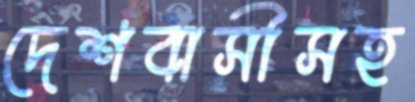
দেশবাসীসহ